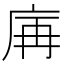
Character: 𢈖